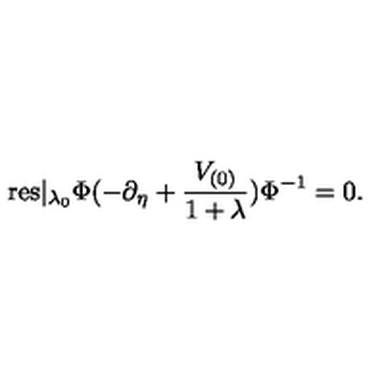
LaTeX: \mathrm { r e s } | _ { \lambda _ { 0 } } \Phi ( - \partial _ { \eta } + \frac { V _ { ( 0 ) } } { 1 + \lambda } ) \Phi ^ { - 1 } = 0 .